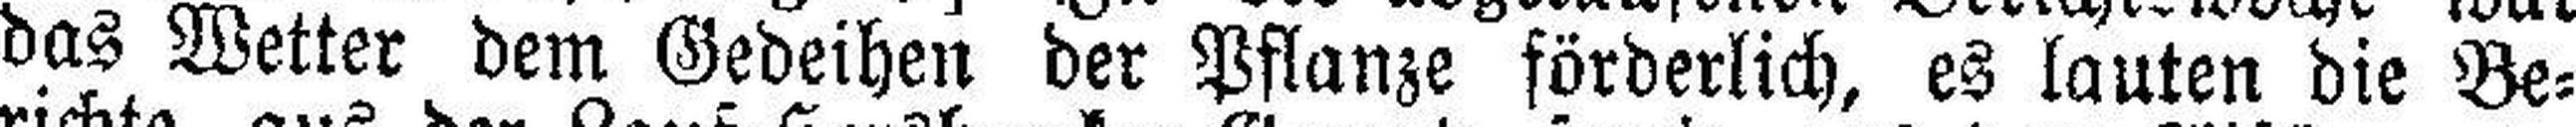
das Wetter dem Gedeihen der Pflanze förderlich, es lauten die Be¬